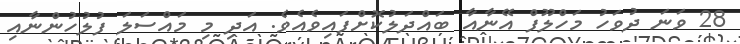
28 ވަނަ ދުވަހު މަހްލޫފް އޭނާއާ ބައްދަލުކޮށްފައިވެއެވެ. އަދި މި މައްސަލަ ފުލުހުންނާއި